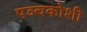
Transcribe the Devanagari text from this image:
पञ्चकोशी